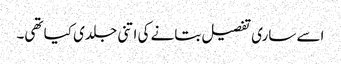
اسے ساری تفصیل بتانے کی اتنی جلدی کیا تھی۔